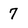
Character: 7